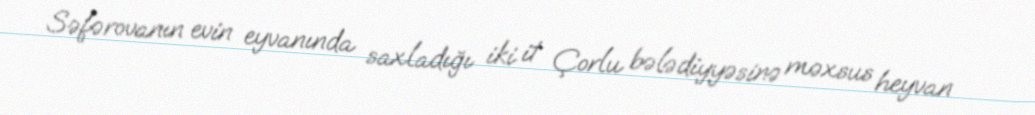
Səfərovanın evin eyvanında saxladığı iki it Çorlu bələdiyyəsinə məxsus heyvan